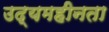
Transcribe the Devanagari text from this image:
उद्यमहीनता